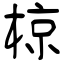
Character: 椋